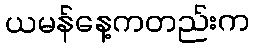
ယမန်နေ့ကတည်းက